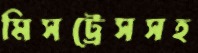
মিসট্রেসসহ